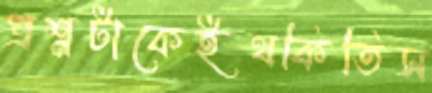
প্রশ্নটাকেইথকিতিস